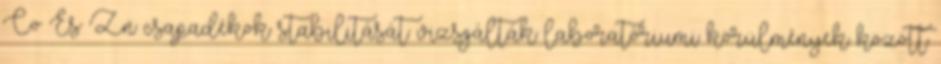
Co És Zn csapadékok stabilitását vizsgálták laboratóriumi körülmények között